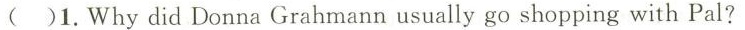
( )1.Why did Donna Grahmann usually go shopping with Pal?